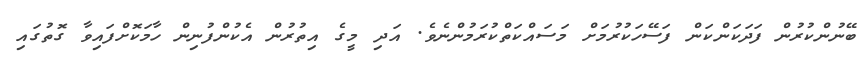
ބޭނުންކުރުން ފަދަކަންކަން ފަސޭހަކުރުމަށް މަސައްކަތްކުރަމުންނެވެ. އަދި މީގެ އިތުރުން އެކުންފުނިން ހާމަކޮށްފައިވާ ގޮތުގައި